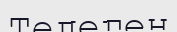
Телеген